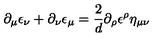
\partial _ { \mu } \epsilon _ { \nu } + \partial _ { \nu } \epsilon _ { \mu } = \frac { 2 } { d } \partial _ { \rho } \epsilon ^ { \rho } \eta _ { \mu \nu }